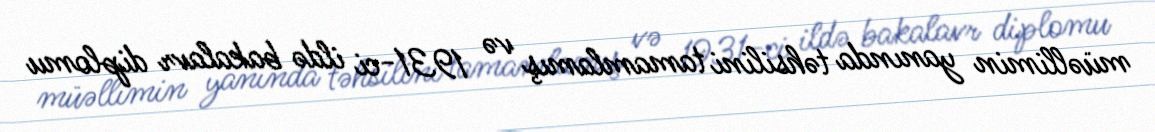
müəllimin yanında təhsilini tamamlamış və 1931-ci ildə bakalavr diplomu